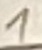
Text: 1